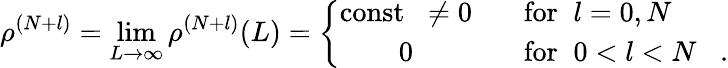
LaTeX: \rho^{(N+l)}=\operatorname*{lim}_{L\rightarrow\infty}\rho^{(N+l)}(L)=\left\{ \begin{array}{cl}{{\mathrm{const}\; \; \neq 0}}&{{\; \; \; \mathrm{for}\; \; l=0,N}}\\ {{0}}&{{\; \; \; \mathrm{for}\; \; 0<l<N\; \; \; .}}\end{array}\right.